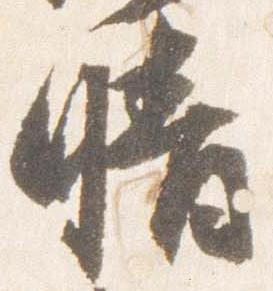
晴